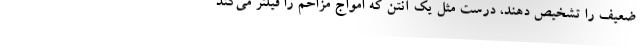
ضعیف را تشخیص دهند، درست مثل یک آنتن که امواج مزاحم را فیلتر می‌کند